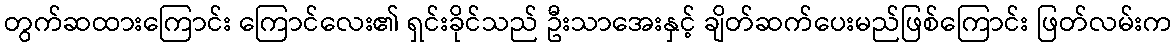
တွက်ဆထားကြောင်း ကြောင်လေး၏ ရှင်းခိုင်သည် ဦးသာအေးနှင့် ချိတ်ဆက်ပေးမည်ဖြစ်ကြောင်း ဖြတ်လမ်းက